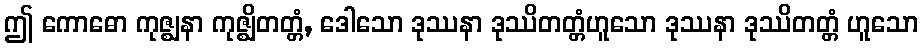
ဤ ကောဓော ကုဇ္ဈနာ ကုဇ္ဈိတတ္တံ, ဒေါသော ဒုဿနာ ဒုဿိတတ္တံဟူသော ဒုဿနာ ဒုဿိတတ္တံ ဟူသော